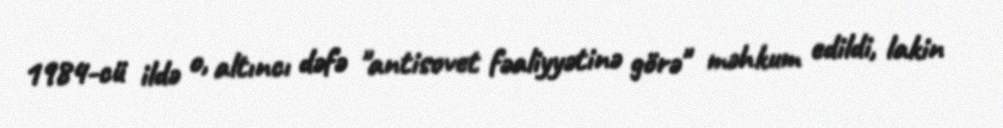
1984-cü ildə o, altıncı dəfə "antisovet fəaliyyətinə görə" məhkum edildi, lakin